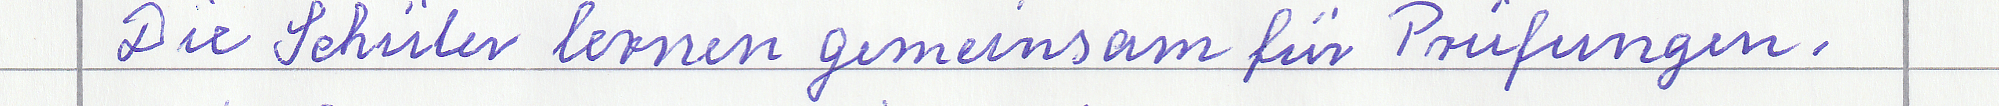
Die Schüler lernen gemeinsam für Prüfungen.